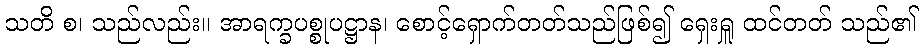
သတိ စ၊ သည်လည်း။ အာရက္ခပစ္စုပဋ္ဌာန၊ စောင့်ရှောက်တတ်သည်ဖြစ်၍ ရှေးရှူ ထင်တတ် သည်၏